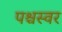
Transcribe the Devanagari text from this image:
पश्चस्वर